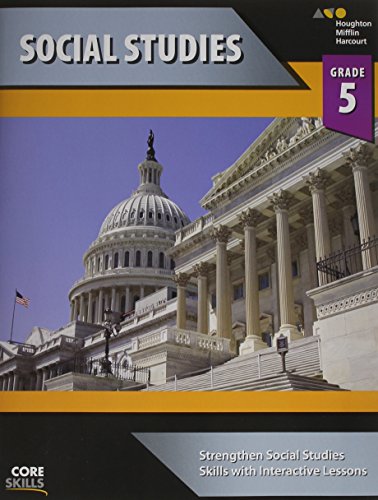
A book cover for Steck-Vaughn Core Skills Social Studies: Workbook Grade 5; STECK-VAUGHN; Sports & Outdoors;